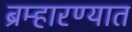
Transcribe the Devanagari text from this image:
ब्रम्हारण्यात